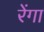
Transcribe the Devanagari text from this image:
रेंगा